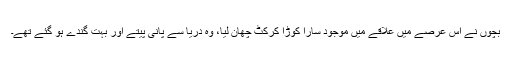
بچوں نے اس عرصے میں علاقے میں موجود سارا کوڑا کرکٹ چھان لیا، وہ دریا سے پانی پیتے اور بہت گندے ہو گئے تھے۔